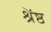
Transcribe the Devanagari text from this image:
श्रेंष्ठ